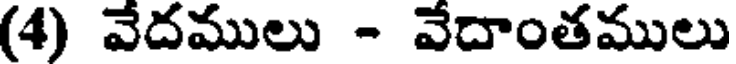
(4) వేదములు - వేదాంతములు